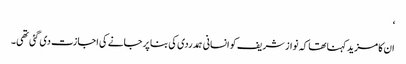
‘
ان کا مزید کہنا تھا کہ نواز شریف کو انسانی ہمدردی کی بنا پر جانے کی اجازت دی گئی تھی۔